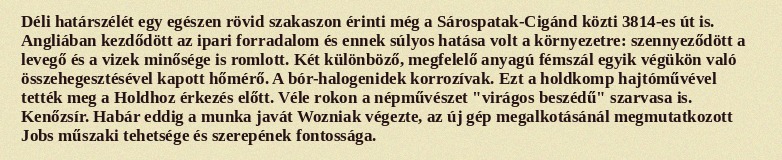
Déli határszélét egy egészen rövid szakaszon érinti még a Sárospatak-Cigánd közti 3814-es út is. Angliában kezdődött az ipari forradalom és ennek súlyos hatása volt a környezetre: szennyeződött a levegő és a vizek minősége is romlott. Két különböző, megfelelő anyagú fémszál egyik végükön való összehegesztésével kapott hőmérő. A bór-halogenidek korrozívak. Ezt a holdkomp hajtóművével tették meg a Holdhoz érkezés előtt. Véle rokon a népművészet "virágos beszédű" szarvasa is. Kenőzsír. Habár eddig a munka javát Wozniak végezte, az új gép megalkotásánál megmutatkozott Jobs műszaki tehetsége és szerepének fontossága.